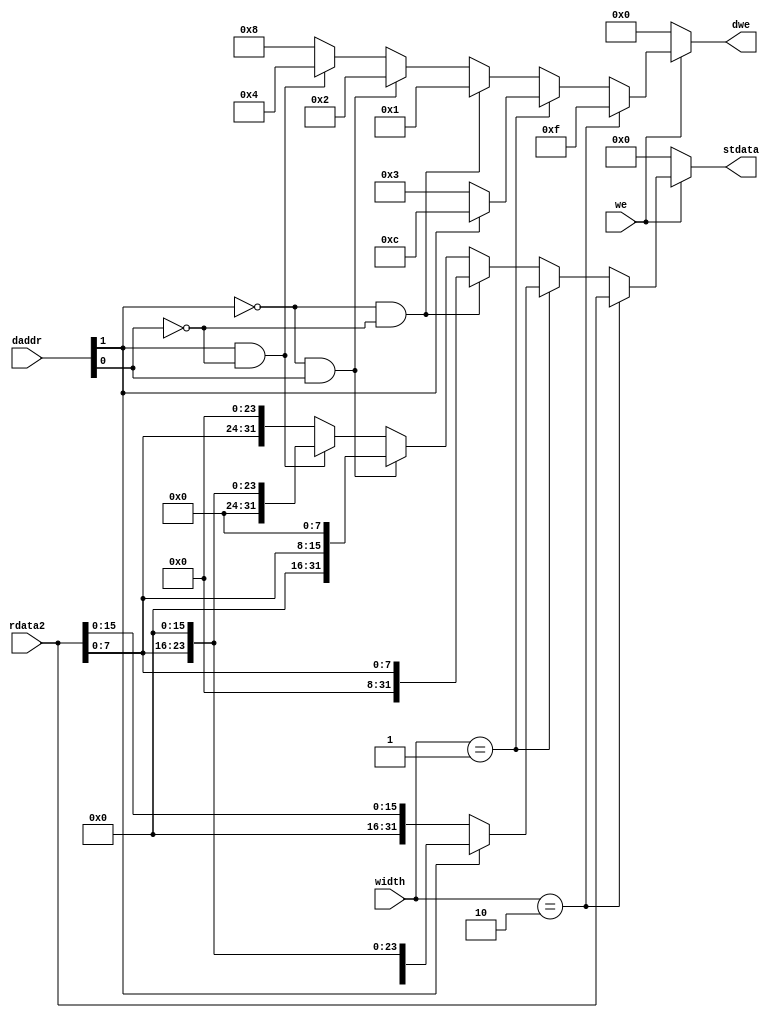
module storegen (
    input [31:0] rdata2,    // Word to be stored from register
    input [2:0] width,   // Size of load  Instruction[14:12]
    input [31:0] daddr,  // The data address, required for finding the appropriate byte/word
    input we,  // Input on whether write operation
    output [31:0] stdata,    // Data to be written into memory
    output [3:0] dwe      // Write enable for dmem
);

    reg [31:0] stdata;
    reg [3:0] dwe;
    
    wire [1:0] mempos;
    
    assign mempos = daddr[1:0];
    
    always @*
        begin
            if (we) begin
                if (width == 3'b010)  // Store word
                    begin
                    stdata = rdata2;
                    dwe = 4'b1111;
                    end
                
                else if (width == 3'b001) // Store half word
                    begin
                        if (mempos[1] == 0) begin
                            stdata = {{16{1'b0}},rdata2[15:0]};
                            dwe = 4'b0011;
                        end
                            
                        else begin
                            stdata = {rdata2[15:0],{16{1'b0}}};      // It has to be written in the upper half of the memory word
                            dwe = 4'b1100;
                        end
                        
                    end
                else // Store byte
                    begin
                        if (mempos[1] == 0 && mempos[0] == 0) begin
                            stdata = {{24{1'b0}},rdata2[7:0]};
                            dwe = 4'b0001;
                        end
                        else if (mempos[1] == 0 && mempos[0] == 1) begin
                            stdata = {{16{1'b0}},rdata2[7:0],{8{1'b0}}};
                            dwe = 4'b0010;
                        end
                        else if (mempos[1] == 1 && mempos[0] == 0) begin
                            stdata = {{8{1'b0}},rdata2[7:0],{16{1'b0}}};
                            dwe = 4'b0100;
                        end
                        else begin
                            stdata = {rdata2[7:0],{24{1'b0}}};
                            dwe = 4'b1000;
                        end
                    end
            end
            else begin
                stdata = 32'b0;
                dwe = 4'b0000;
            end
        end
                
    
endmodule